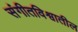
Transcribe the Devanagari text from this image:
संगीतविश्वातील